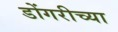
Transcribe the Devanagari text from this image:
डोंगरीच्या